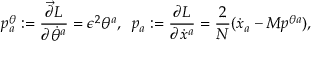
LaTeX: p _ { a } ^ { \theta } : = \frac { \overrightarrow { \partial } L } { \partial { \dot { \theta } ^ { a } } } = \epsilon ^ { 2 } \theta ^ { a } , \; \; p _ { a } : = \frac { \partial L } { \partial \dot { x } ^ { a } } = \frac { 2 } { N } ( \dot { x } _ { a } - M p ^ { \theta a } ) ,